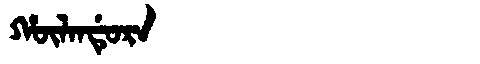
Manchu: ᡥᡡᠯᠠᠨᡩᡠᡵᠠ
Romanization: HŪLANDURA